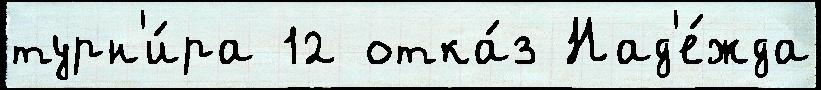
турн'и́ра 12 отка́з Над'е́жда